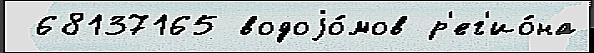
 68137165 водоjо́мов р'ег'ио́на